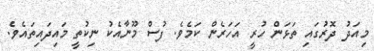
މިއަދު ދޮރުގައި ތަޅަން ހުރީ އަހަރެން ކަމެވެ. ފުސް މޫނާއެކު ނިކުތީ މައިދައިތައެވ.ެ